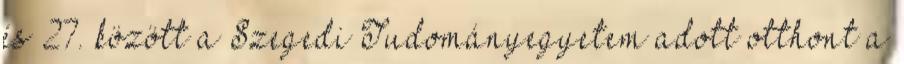
és 27. között a Szegedi Tudományegyetem adott otthont a